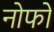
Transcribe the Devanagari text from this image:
नोफो